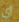
أي